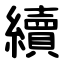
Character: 續